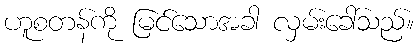
ဟူစတန်ကို မြင်သောအခါ လှမ်းခေါ်သည်။